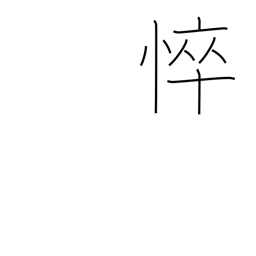
Meaning: becoming emaciated